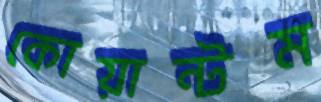
কোয়ান্টম